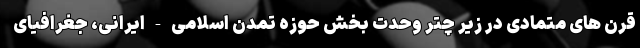
قرن های متمادی در زیر چتر وحدت بخشِ حوزه تمدنِ اسلامی-ایرانی، جغرافیای